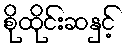
စိုထိုင်းဆနှင့်